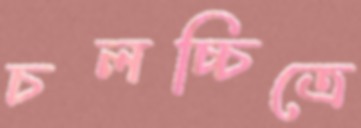
চলচ্চিত্রে